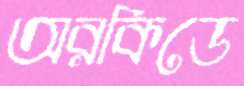
অরকিডে